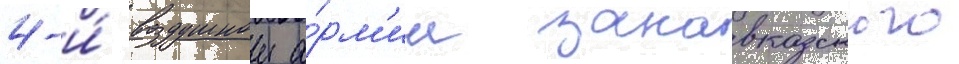
4-и́ воздушнои а́рм'ии закавказского